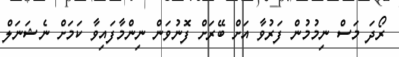
ރޯދަ މަސް ނިމުމުން ފަރުވާ އަށް ބޭރަށް ފޮނުވަން ނިންމާފައިވާ ކަމަށް ނެޝަނަލް